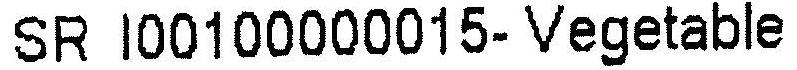
SR I00100000015- VEGETABLE